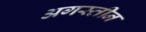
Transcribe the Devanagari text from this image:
अगस्तीन